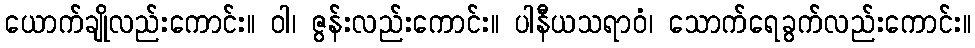
ယောက်ချိုလည်းကောင်း။ ဝါ၊ ဇွန်းလည်းကောင်း။ ပါနီယသရာဝံ၊ သောက်ရေခွက်လည်းကောင်း။